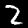
Digit: 2